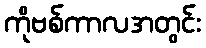
ကိုဗစ်ကာလအတွင်း